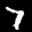
Label: 7